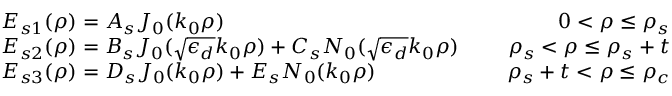
\begin{array} { r } { \begin{array} { l c r } { E _ { s 1 } ( \rho ) = A _ { s } J _ { 0 } ( k _ { 0 } \rho ) } & { \mathrm { ~ } } & { 0 < \rho \leq \rho _ { s } } \\ { E _ { s 2 } ( \rho ) = B _ { s } J _ { 0 } ( \sqrt { \epsilon _ { d } } k _ { 0 } \rho ) + C _ { s } N _ { 0 } ( \sqrt { \epsilon _ { d } } k _ { 0 } \rho ) } & { \mathrm { ~ } } & { \rho _ { s } < \rho \leq \rho _ { s } + t } \\ { E _ { s 3 } ( \rho ) = D _ { s } J _ { 0 } ( k _ { 0 } \rho ) + E _ { s } N _ { 0 } ( k _ { 0 } \rho ) } & { \mathrm { ~ } } & { \rho _ { s } + t < \rho \leq \rho _ { c } } \end{array} } \end{array}